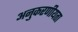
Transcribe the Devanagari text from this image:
अनुकरणीयता